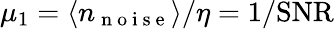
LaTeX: \mu_{1}=\langle n_{\mathrm{~n~o~i~s~e~}}\rangle/\eta=1/\mathrm{SNR}